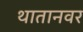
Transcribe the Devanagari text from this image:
थातानवर